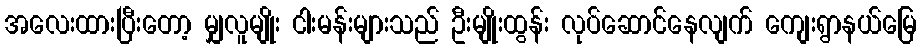
အလေးထားပြီးတော့ မျှလူမျိုး ငါးမန်းများသည် ဦးမျိုးထွန်း လုပ်ဆောင်နေလျက် ကျေးရွာနယ်မြေ